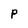
Character: P